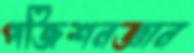
পজিশনজ্ঞান